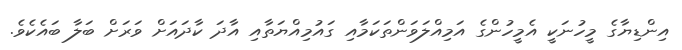
އިންޑިޔާގެ މީހުނަކީ އެމީހުންގެ އަމިއްލަވަންތަކަމާއި ގައުމިއްޔަތާއި އާދަ ކާދައަށް ވަރަށް ބަލާ ބައެކެވެ.